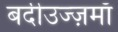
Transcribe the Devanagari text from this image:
बदीउज्ज़माँ